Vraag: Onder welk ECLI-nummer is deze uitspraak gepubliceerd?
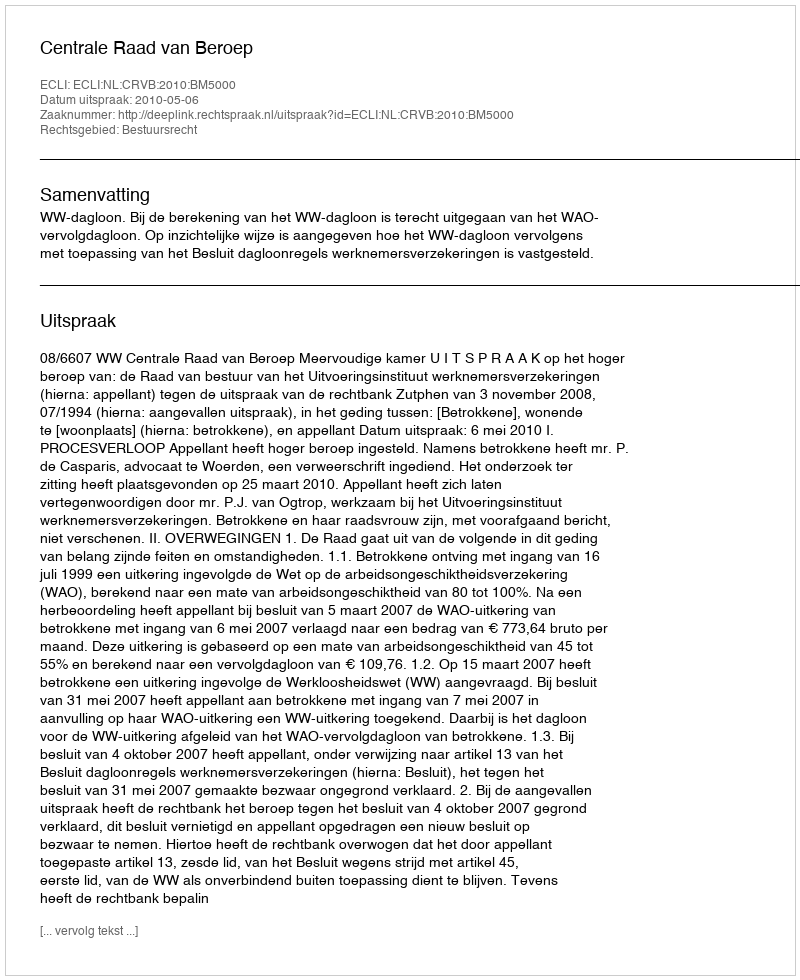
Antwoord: ECLI:NL:CRVB:2010:BM5000